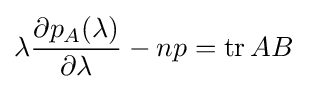
\lambda {\frac {\partial p_{A}(\lambda )}{\partial \lambda }}-np=\operatorname {tr} AB~